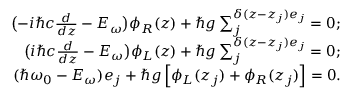
\begin{array} { r l r } & { } & { \big ( { - i \hbar c \frac { d } { { d z } } - { E _ { \omega } } } \big ) { \phi _ { R } } ( z ) + \hbar g \sum _ { j } ^ { \delta ( z - { z _ { j } } ) { e _ { j } } } = 0 ; } \\ & { } & { \big ( { i \hbar c \frac { d } { { d z } } - { E _ { \omega } } } \big ) { \phi _ { L } } ( z ) + \hbar g \sum _ { j } ^ { \delta ( z - { z _ { j } } ) { e _ { j } } } = 0 ; } \\ & { } & { ( \hbar { \omega _ { 0 } } - { E _ { \omega } } ) { e _ { j } } + \hbar g \left[ { { \phi _ { L } } ( { z _ { j } } ) + { \phi _ { R } } ( { z _ { j } } ) } \right] = 0 . } \end{array}